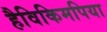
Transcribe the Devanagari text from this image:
हैविकिमपिया